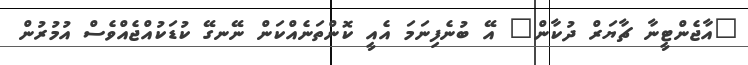
"އާޖެންޓީނާ ޗާޔަރް ދުކާން" އޭ ބުނެފިނަމަ އެއީ ކޮންތަނެއްކަން ނޭނގޭ ކުޑަކުއްޖެއްވެސް އުމުރުން